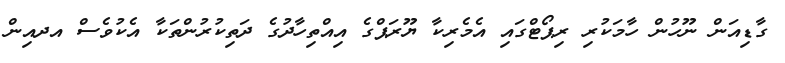
ގާޑިއަން ނޫހުން ހާމަކުރި ރިޕޯޓްގައި އެމެރިކާ ޔޫރަޕްގެ އިއްތިހާދުގެ ދަތިކުރުންތަކާ އެކުވެސް އދއިން